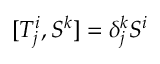
[ T _ { j } ^ { i } , S ^ { k } ] = \delta _ { j } ^ { k } S ^ { i }